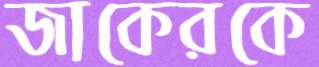
জাকেরকে